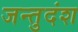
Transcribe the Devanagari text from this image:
जन्तुदंश